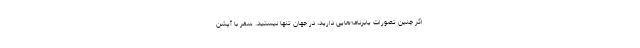
اگر چنین تصورات یابرنامه‌هایی دارید، در جهان تنها نیستید. سفر با آپشن